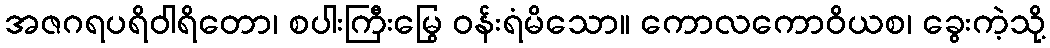
အဇဂရပရိဝါရိတော၊ စပါးကြီးမြွေ ဝန်းရံမိသော။ ကောလကောဝိယစ၊ ခွေးကဲ့သို့